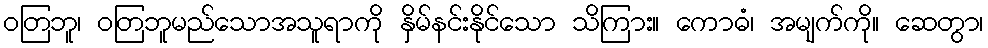
ဝတြဘူ၊ ဝတြဘူမည်သောအသူရာကို နှိမ်နင်းနိုင်သော သိကြား။ ကောဓံ၊ အမျက်ကို။ ဆေတွာ၊